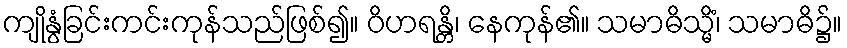
ကျိုနွံခြင်းကင်းကုန်သည်ဖြစ်၍။ ဝိဟရန္တိ၊ နေကုန်၏။ သမာဓိသ္မိံ၊ သမာဓိ၌။